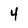
Character: 4